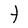
Character: t